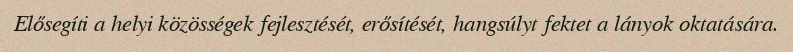
Elősegíti a helyi közösségek fejlesztését, erősítését, hangsúlyt fektet a lányok oktatására.